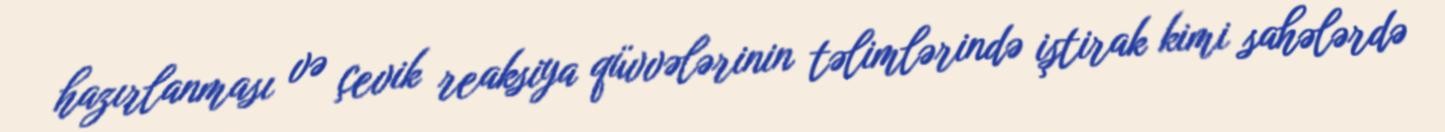
hazırlanması və çevik reaksiya qüvvələrinin təlimlərində iştirak kimi sahələrdə